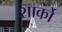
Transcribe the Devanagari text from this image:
शार्को